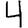
Digit: 4